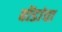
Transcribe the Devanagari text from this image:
बोंडांचा